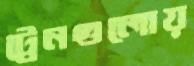
ট্রেনগুলোয়